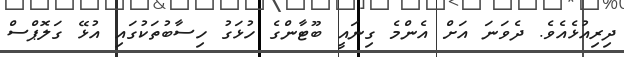
ދިރިއުޅެއެވެ. ދެވަނަ އަށް އެންމެ ގިނައީ ބޫޓާންގެ ހުޅަގު ހިސާބުތަކުގައި އުޅޭ ގަލޮޕްސް